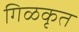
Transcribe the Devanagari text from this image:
गिळकृत